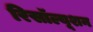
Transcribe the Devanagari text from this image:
रिसॉल्यूशन